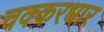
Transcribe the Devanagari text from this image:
चक्करधार